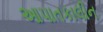
આપાતકાલીન